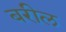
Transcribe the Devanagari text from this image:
बरील